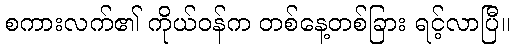
စကားလက်၏ ကိုယ်ဝန်က တစ်နေ့တစ်ခြား ရင့်လာပြီ။